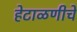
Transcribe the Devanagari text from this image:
हेटाळणीचे